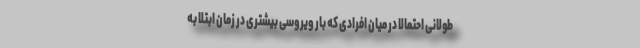
طولانی احتمالا در میان افرادی که بار ویروسی بیشتری در زمان ابتلا به